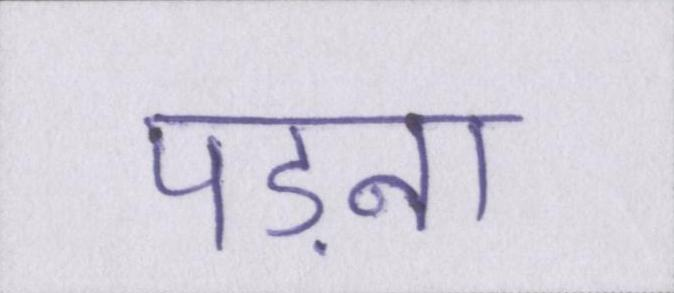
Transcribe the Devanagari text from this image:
पड़ना